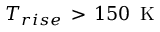
T _ { r i s e } \, > \, 1 5 0 \, \mathrm { ~ K ~ }